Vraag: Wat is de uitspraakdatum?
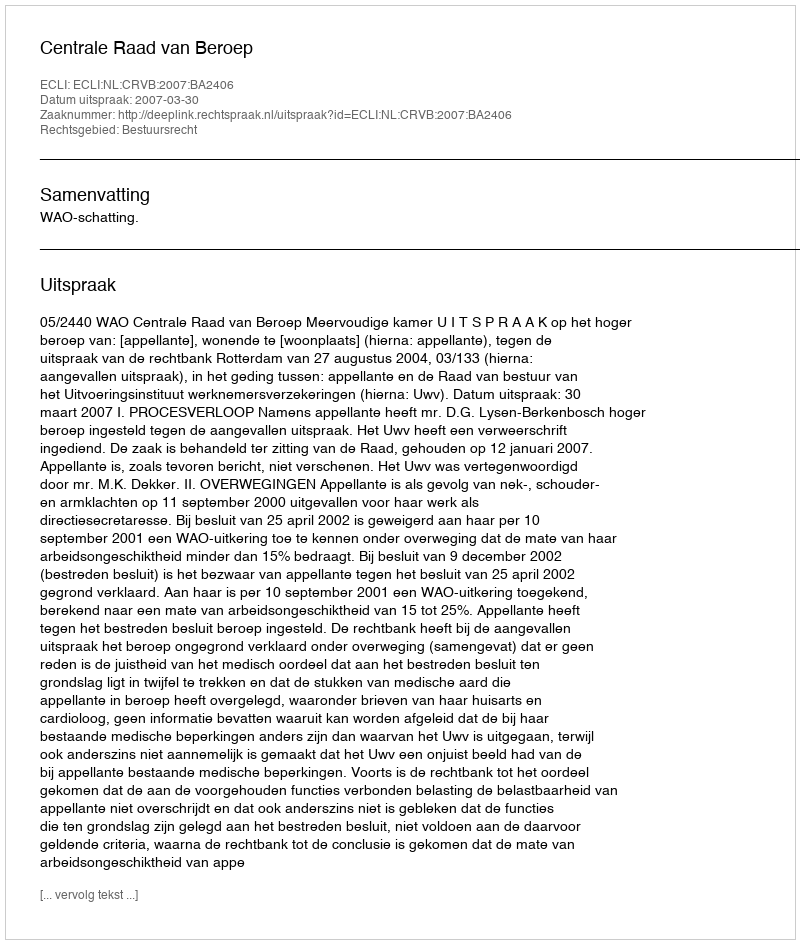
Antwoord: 2007-03-30